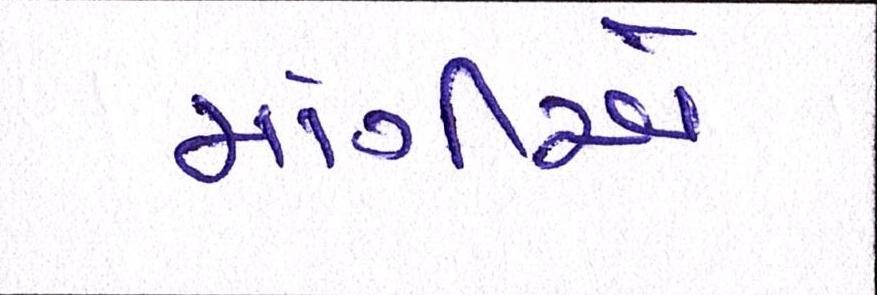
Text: માંગીએ